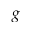
g